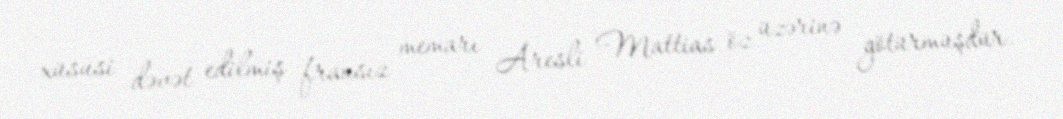
xüsusi dəvət edilmiş fransız memarı Aresli Mattias öz üzərinə götürmüşdür.